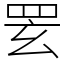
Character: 䍗